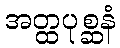
အတ္ထပုစ္ဆနံ